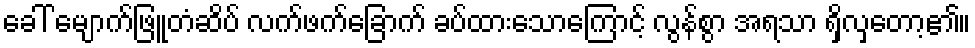
ခေါ် မျောက်ဖြူတံဆိပ် လက်ဖက်ခြောက် ခပ်ထားသောကြောင့် လွန်စွာ အရသာ ရှိလှတော့၏။